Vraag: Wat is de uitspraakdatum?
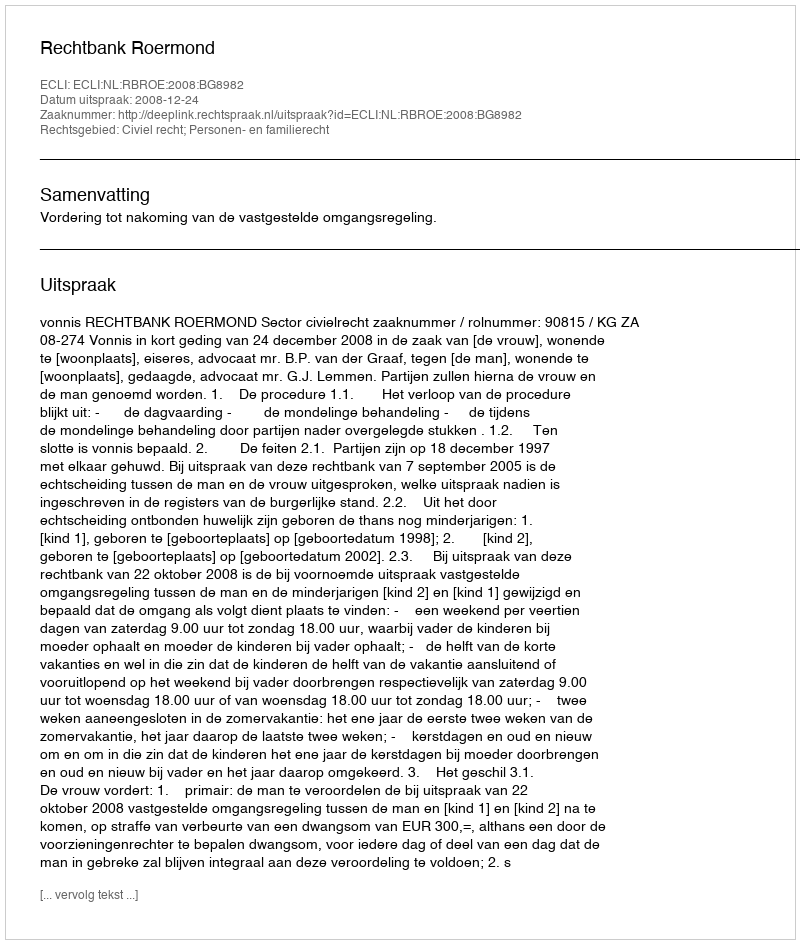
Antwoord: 2008-12-24